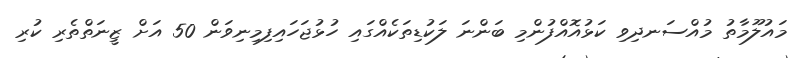
މައުލޫމާތު މުއްސަނދިވި ކަޅުއޮއްފުންމި ބަންނަ ލަކުޑިތަކެއްގައި ހުޅުޖަހައިފިމިނިވަން 50 އަށް ޒީނަތްތެރި ކުރި